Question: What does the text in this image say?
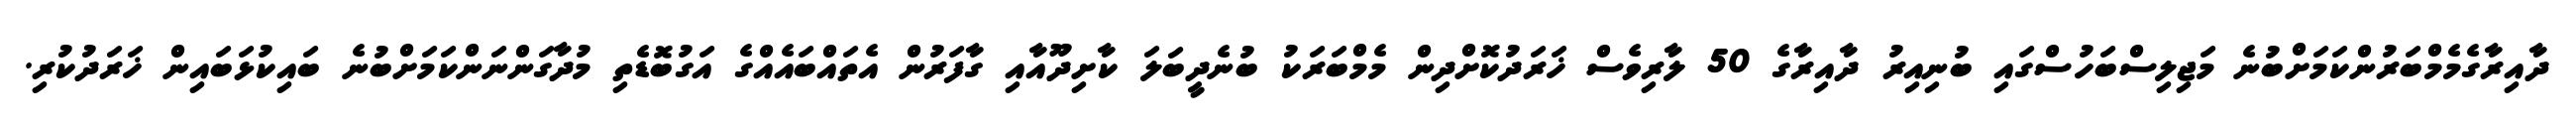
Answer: ދާއިރާގެމެމްބަރުންކަމަށްބުނެ މަޖިލިސްބަހުސްގައި ބުނިއިރު ދާއިރާގެ 50 ލާރިވެސް ޚަރަދުކޮށްދިން މެމްބަރަކު ބުނެދީބަލަ ކާށިދޫއާއި ގާފަރުން އެތައްބައެއްގެ އަގުބޮޑެތި މުދާގަންނަންކަމަށްބުނެ ބައިކުޅަބައިން ޚަރަދުކުރި.